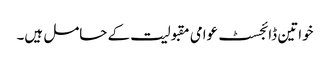
خواتین ڈائجسٹ عوامی مقبولیت کے حامل ہیں۔